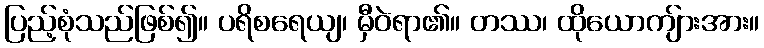
ပြည့်စုံသည်ဖြစ်၍။ ပရိစရေယျ၊ မှီဝဲရာ၏။ တဿ၊ ထိုယောကျ်ားအား။